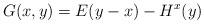
LaTeX: \begin{align*}G(x,y)=E(y-x)-H^x(y)\end{align*}